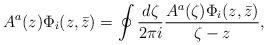
LaTeX: \begin{align*}A^a(z)\Phi_i(z,\bar z)=\oint{d\zeta\over2\pi i}{A^a(\zeta)\Phi_i(z,\bar z)\over\zeta-z},\end{align*}